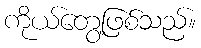
ကိုယ်တွေ့ဖြစ်သည်။